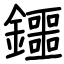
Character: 鑩